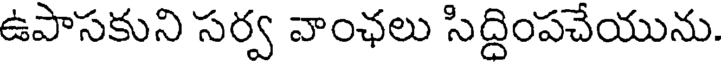
ఉపాసకుని సర్వ వాంఛలు సిద్ధింపచేయును.